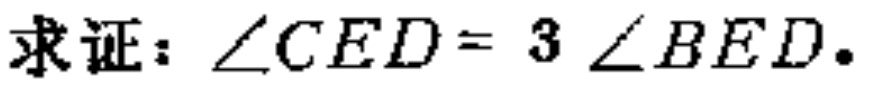
求证：\(\angle CED = 3\angle BED\)。